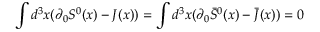
\int d ^ { 3 } x ( \partial _ { 0 } S ^ { 0 } ( x ) - J ( x ) ) = \int d ^ { 3 } x ( \partial _ { 0 } \bar { S } ^ { 0 } ( x ) - \bar { J } ( x ) ) = 0